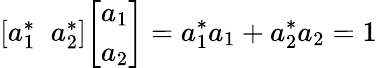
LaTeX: {\left[\begin{array}{l}{a_{1}^{*}\; \; a_{2}^{*}}\end{array}\right]}{\left[\begin{array}{l}{a_{1}}\\ {a_{2}}\end{array}\right]}=a_{1}^{*}a_{1}+a_{2}^{*}a_{2}=1